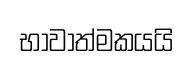
භාවාත්මකයයි